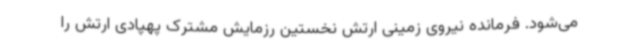
می‌شود. فرمانده نیروی زمینی ارتش نخستین رزمایش مشترک پهپادی ارتش را